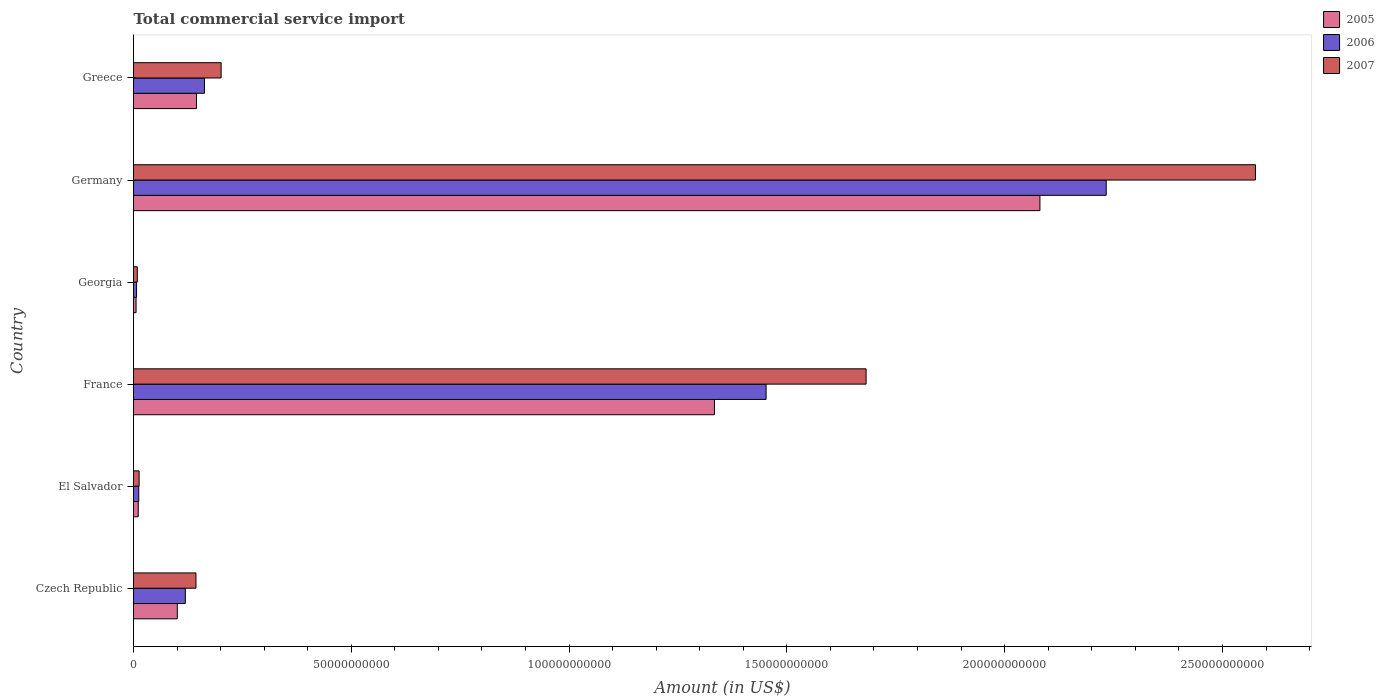
| Country | 2005 | 2006 | 2007 |
 | --- | --- | --- | --- |
 | Czech Republic | 1.01e+10 | 1.19e+10 | 1.43e+10 |
 | El Salvador | 1.09e+09 | 1.21e+09 | 1.29e+09 |
 | France | 1.33e+11 | 1.45e+11 | 1.68e+11 |
 | Georgia | 5.88e+08 | 6.93e+08 | 8.74e+08 |
 | Germany | 2.08e+11 | 2.23e+11 | 2.58e+11 |
 | Greece | 1.45e+10 | 1.63e+10 | 2.01e+10 |